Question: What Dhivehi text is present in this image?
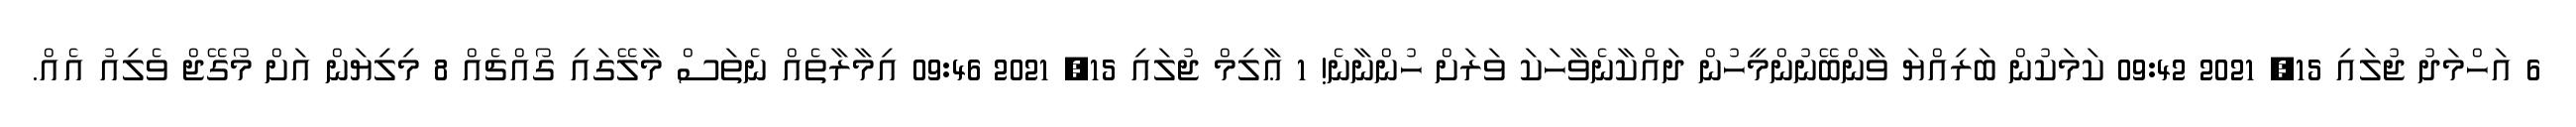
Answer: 6 އަހްމަދު ޖުލައި 15, 2021 09:42 ކަމަކުން ބަރިއްޔަ ވާންބޭނުންމީހުން ދައްކާނެވާހަކަ ވަރަށް ހުންނާނެ! 1 ޢާލިމް ޖުލައި 15, 2021 09:46 އިމާރާތެއް ނެތަސް މާލޭގައި ގޯއްޗެއް 8 މިލިޔަން އަށް މޯގޭޖް ވެލިއު އެއް.